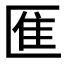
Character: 龨